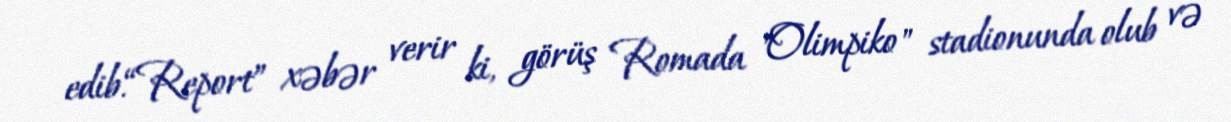
edib.“Report” xəbər verir ki, görüş Romada "Olimpiko" stadionunda olub və